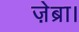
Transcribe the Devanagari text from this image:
ज़ेब्रा।